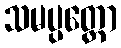
သမပ္ပတ္တော